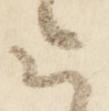
云